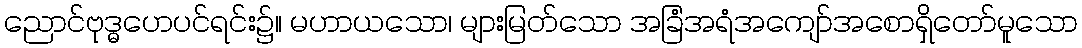
ညောင်ဗုဒ္ဓဟေပင်ရင်း၌။ မဟာယသော၊ များမြတ်သော အခြံအရံအကျော်အစောရှိတော်မူသော